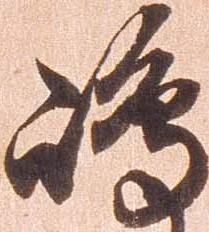
嶋